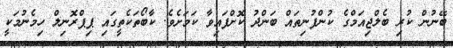
ބޭނުން ކުރި ބެލްޖިއަމްގެ ކުންފުނިތައް ބަންދު ކޮށްފައިވާ ކަމަށެވެ. ކާބޯތަކެތީގައި ޕިޕްރޮނިލް ހިމެނުމަކީ